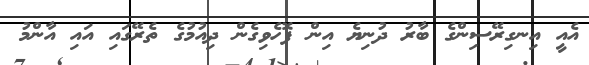
އެއީ އިނގިރޭސިންގެ ބާރު ދުނިޔެ އިން ފޮހެވިގެން ދިއުމުގެ ތެރޭގައި އައި އާންމު